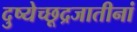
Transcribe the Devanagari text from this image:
दुष्येच्छूद्रजातीनां